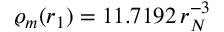
\varrho _ { m } ( r _ { 1 } ) = 1 1 . 7 1 9 2 \, r _ { N } ^ { - 3 }